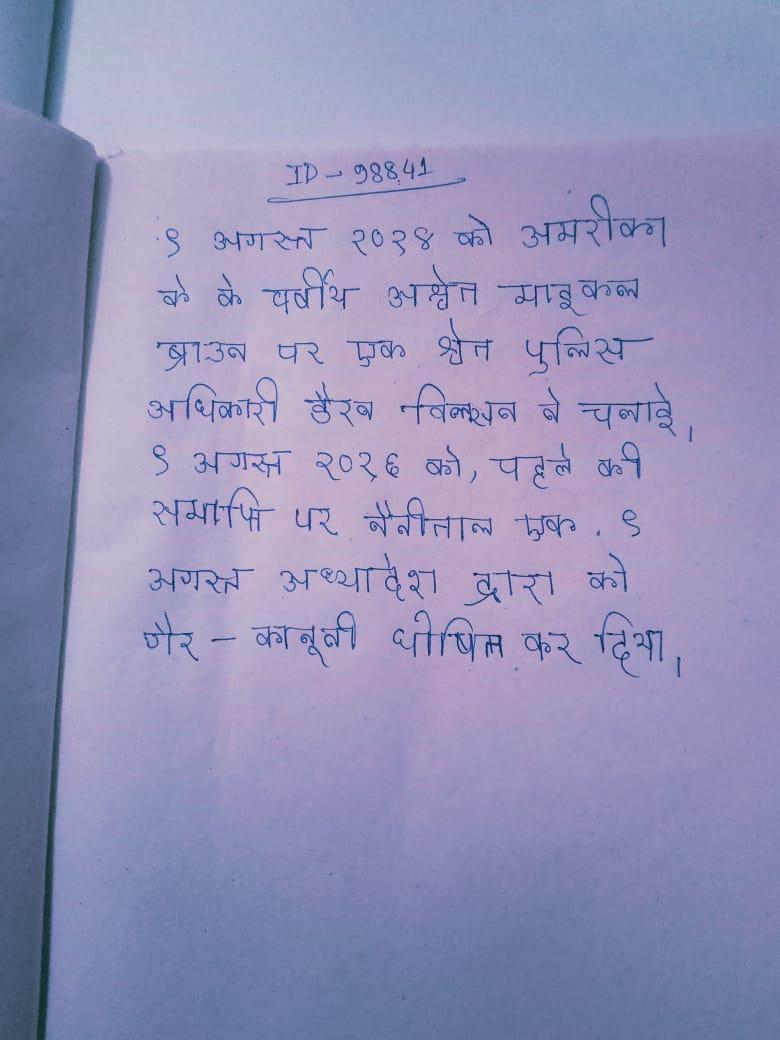
९ अगस्त २०१४ को अमरीका के के वर्षीय अश्वेत माइकल ब्राउन पर एक श्वेत पुलिस अधिकारी डैरन विल्सन ने चलाई । ९ अगस्त २०१६ को, पहले की समाप्ति पर नैनीताल एफ . ९ अगस्त अध्यादेश द्वारा को गैर-कानूनी घोषित कर दिया ।